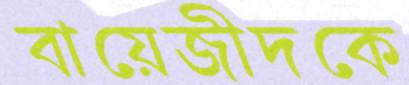
বায়েজীদকে